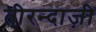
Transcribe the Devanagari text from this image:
तीरन्दाज़ी